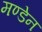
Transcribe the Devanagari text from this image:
मण्‍डेन